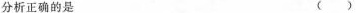
分析正确的是 ( )